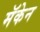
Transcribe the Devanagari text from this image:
मॅकेन